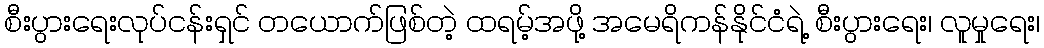
စီးပွားရေးလုပ်ငန်းရှင် တယောက်ဖြစ်တဲ့ ထရမ့်အဖို့ အမေရိကန်နိုင်ငံရဲ့ စီးပွားရေး၊ လူမှုရေး၊